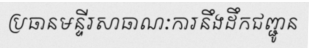
ប្រធានមន្ទីរសាធាណៈការនឹងដឹកជញ្ជូន